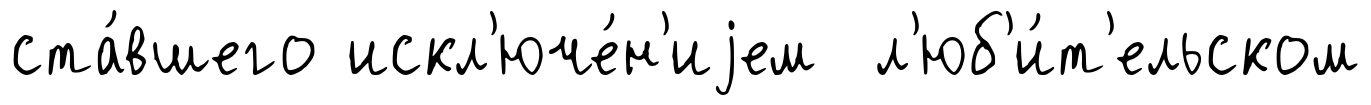
ста́вшего искл'юче́н'иjем л'юб'и́т'ельском